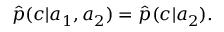
\begin{array} { r } { \hat { p } ( c | a _ { 1 } , a _ { 2 } ) = \hat { p } ( c | a _ { 2 } ) . } \end{array}